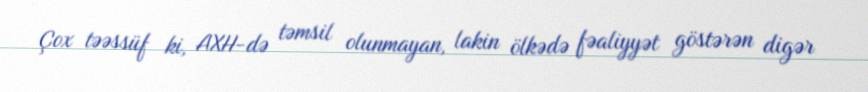
Çox təəssüf ki, AXH-də təmsil olunmayan, lakin ölkədə fəaliyyət göstərən digər